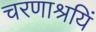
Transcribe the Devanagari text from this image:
चरणाश्रयिं